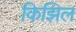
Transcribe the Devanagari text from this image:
किझिल